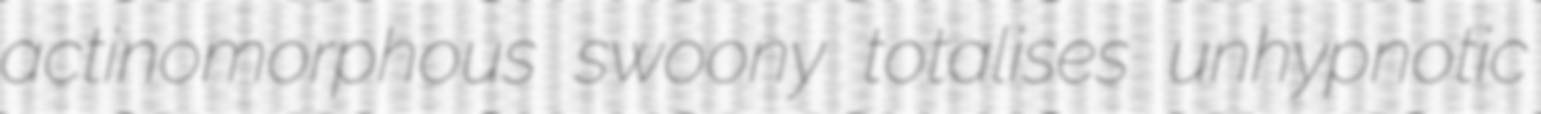
actinomorphous swoony totalises unhypnotic